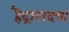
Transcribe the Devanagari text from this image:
हैद्राबादचा